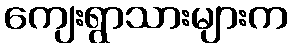
ကျေးရွာသားများက